Trukikaitis_Postimees, lk 81
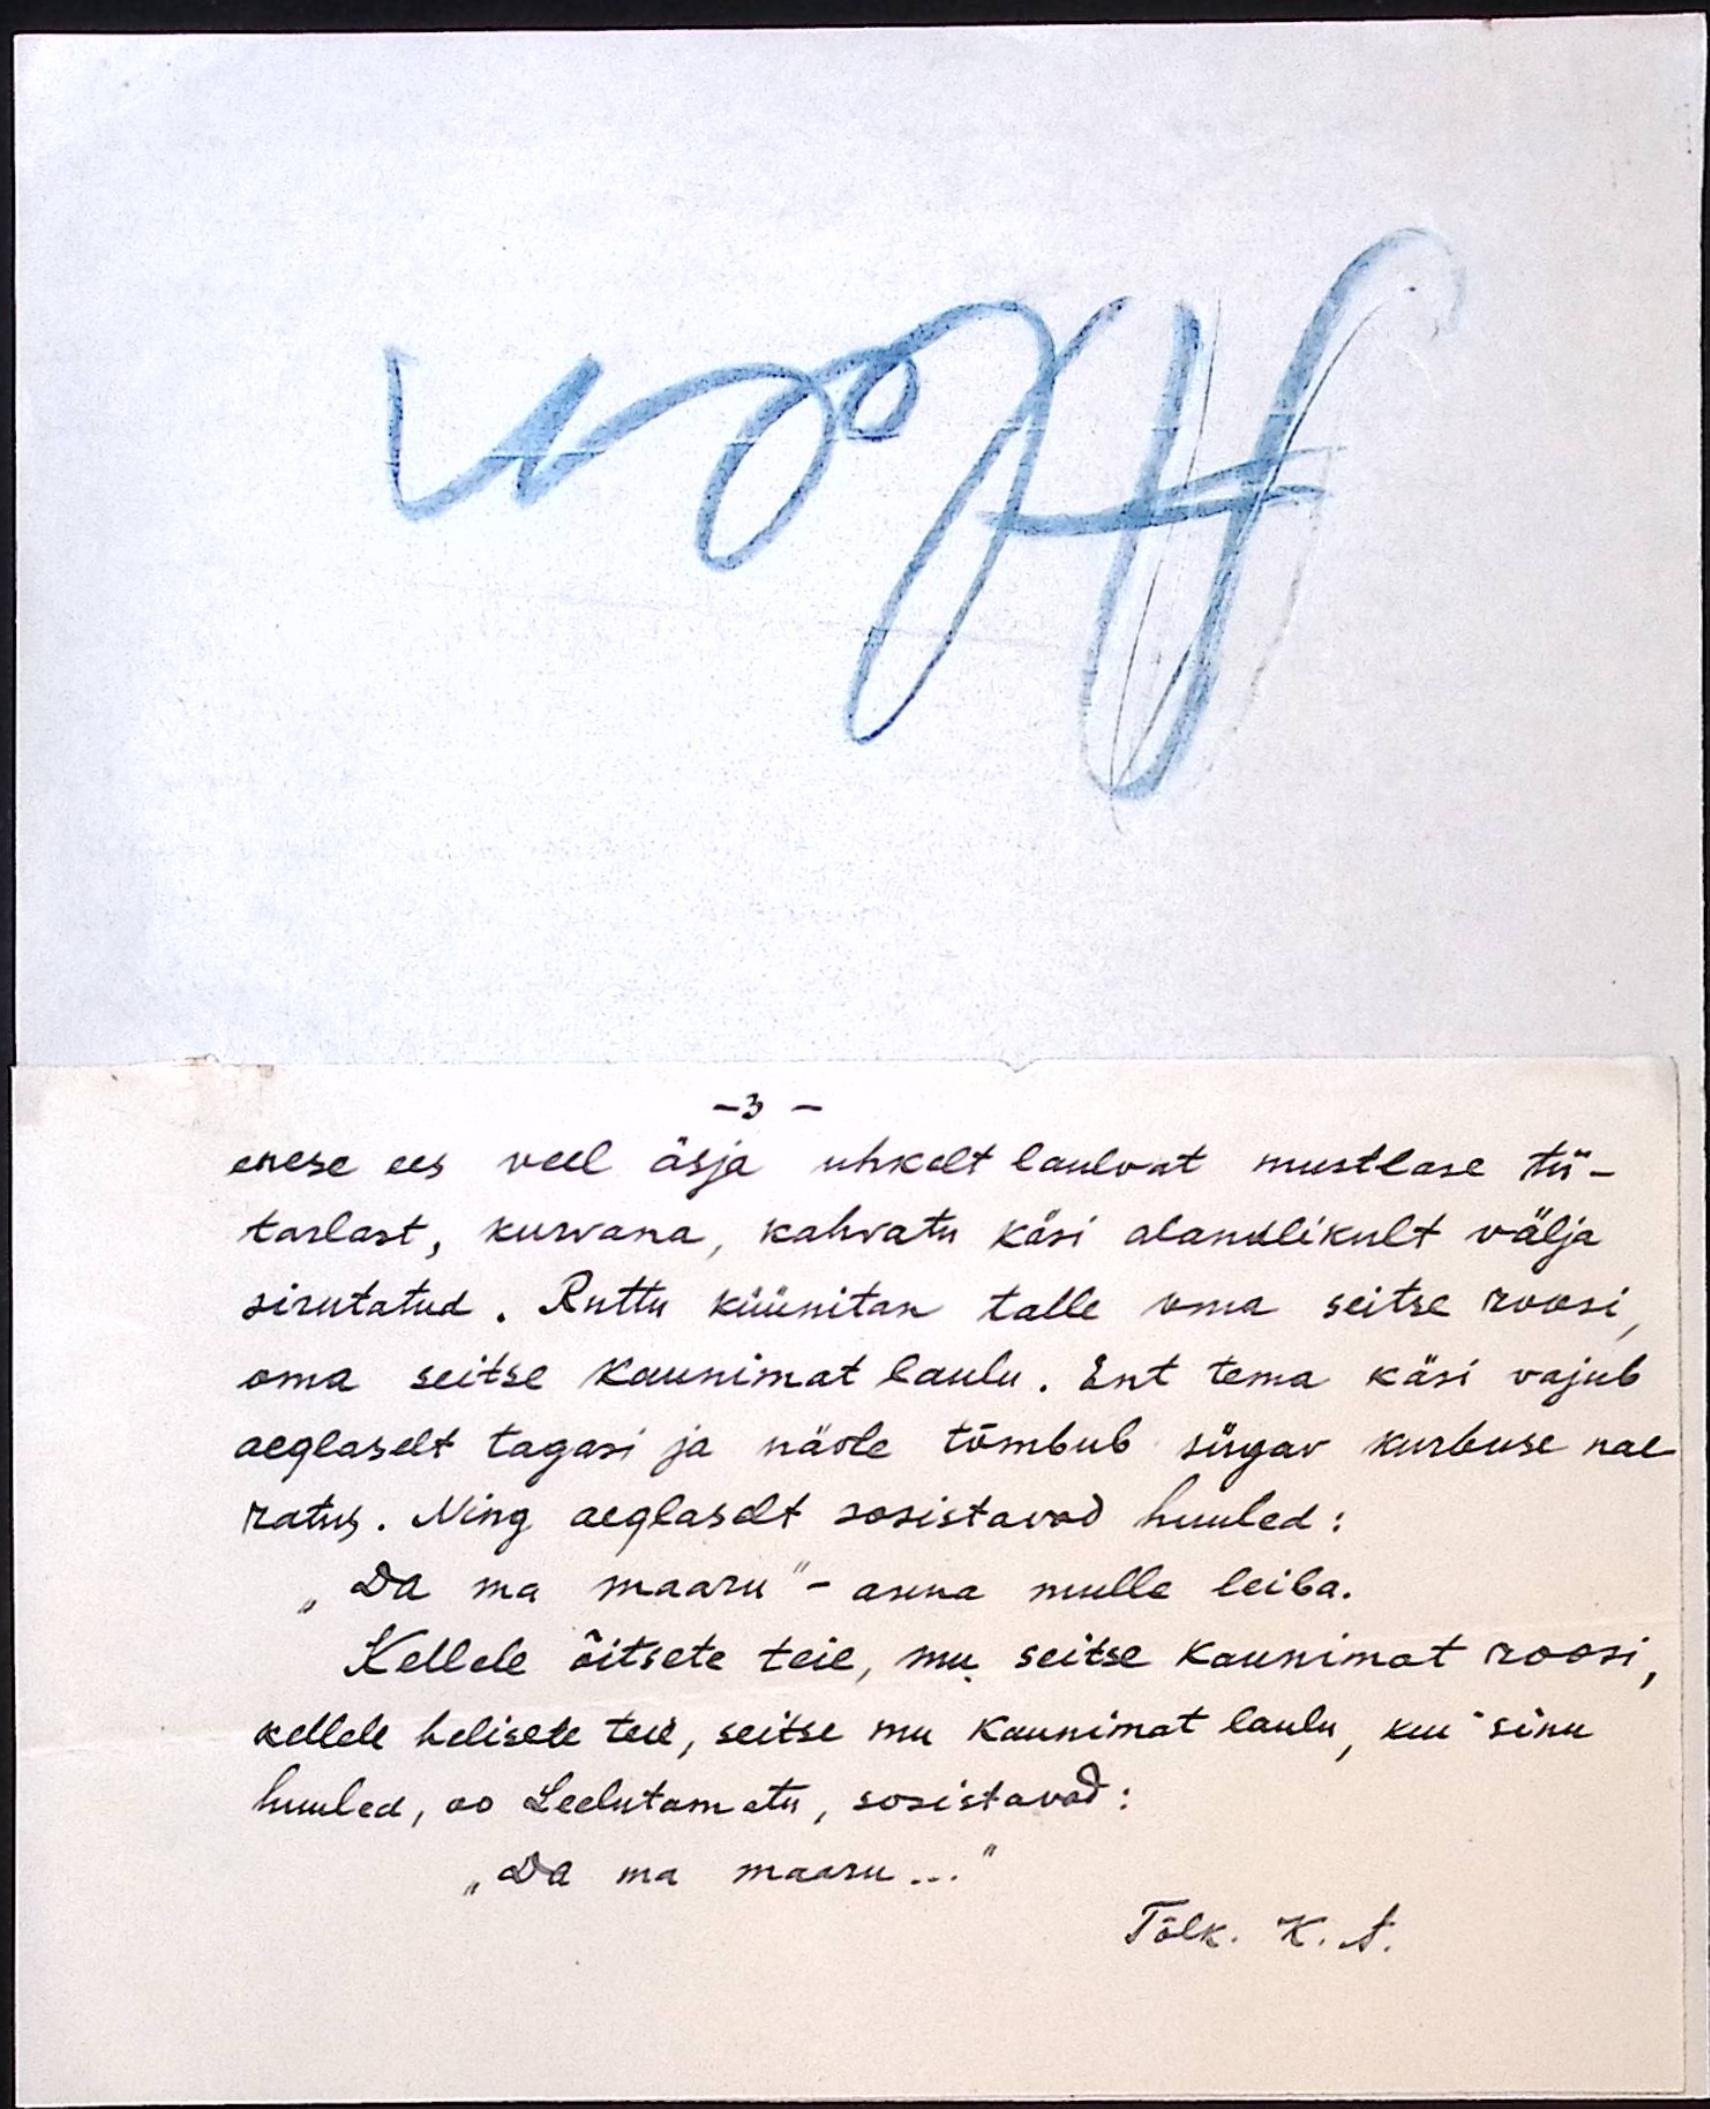
- 3 -
enese ees veel äsja uhkelt laulvat mustlase tü-
tarlast, kurvana, kahvatu käsi alandlikult välja
sirutatud. Ruttu küünitan talle oma seitse roosi,
oma seitse kaunimat laulu. Ent tema käsi vajub
aeglaselt tagasi ja näole tõmbub sürgav kurbuse nae-
ratus. Ning aeglaselt sosistavad huuled:
"Da ma maaru" - anna mulle leiba.
Kellele õitsete teie, mu seitse kaunimat roosi,
kellele helisete teie, seitse mu kaunimat laulu, kui sinu
huuled, oo Leelutamatu, sosistavad:
"Da ma maaru ..."
Tõlk. K. A.